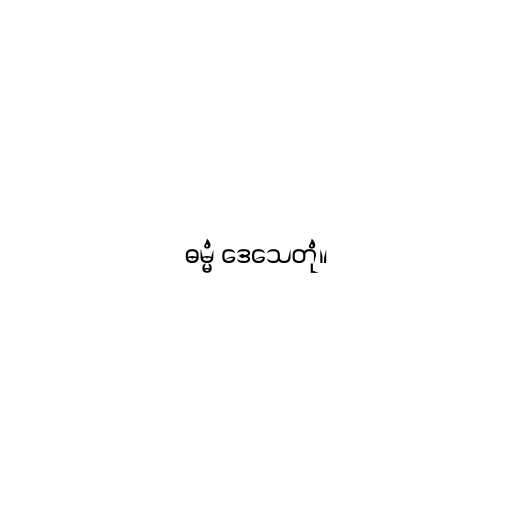
ဓမ္မံ ဒေသေတုံ။